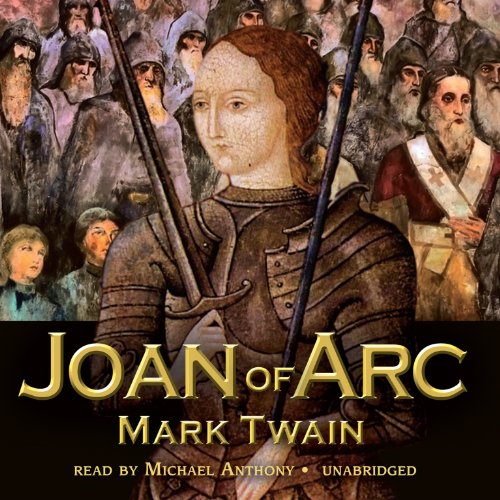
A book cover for Joan of Arc; Mark Twain; Literature & Fiction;